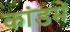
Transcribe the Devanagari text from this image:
कांडमें